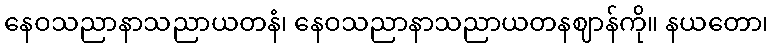
နေဝသညာနာသညာယတနံ၊ နေဝသညာနာသညာယတနဈာန်ကို။ နယတော၊